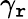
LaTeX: \gamma_{\mathtt{r}}